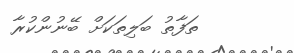
ތަފާތު ބަލިތަކަށް ބޭނުންކުރާ